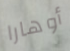
أوهارا